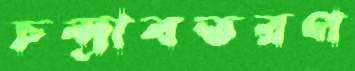
চন্দ্রাবতরণ